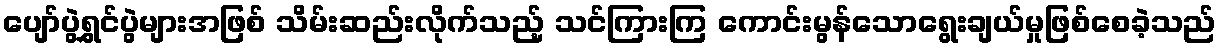
ပျော်ပွဲရွှင်ပွဲများအဖြစ် သိမ်းဆည်းလိုက်သည့် သင်ကြားကြ ကောင်းမွန်သောရွေးချယ်မှုဖြစ်စေခဲ့သည်